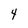
Character: 4